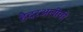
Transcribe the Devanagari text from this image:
हैदरअलीची